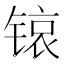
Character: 锿